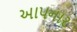
અાપનાર